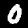
Label: 0